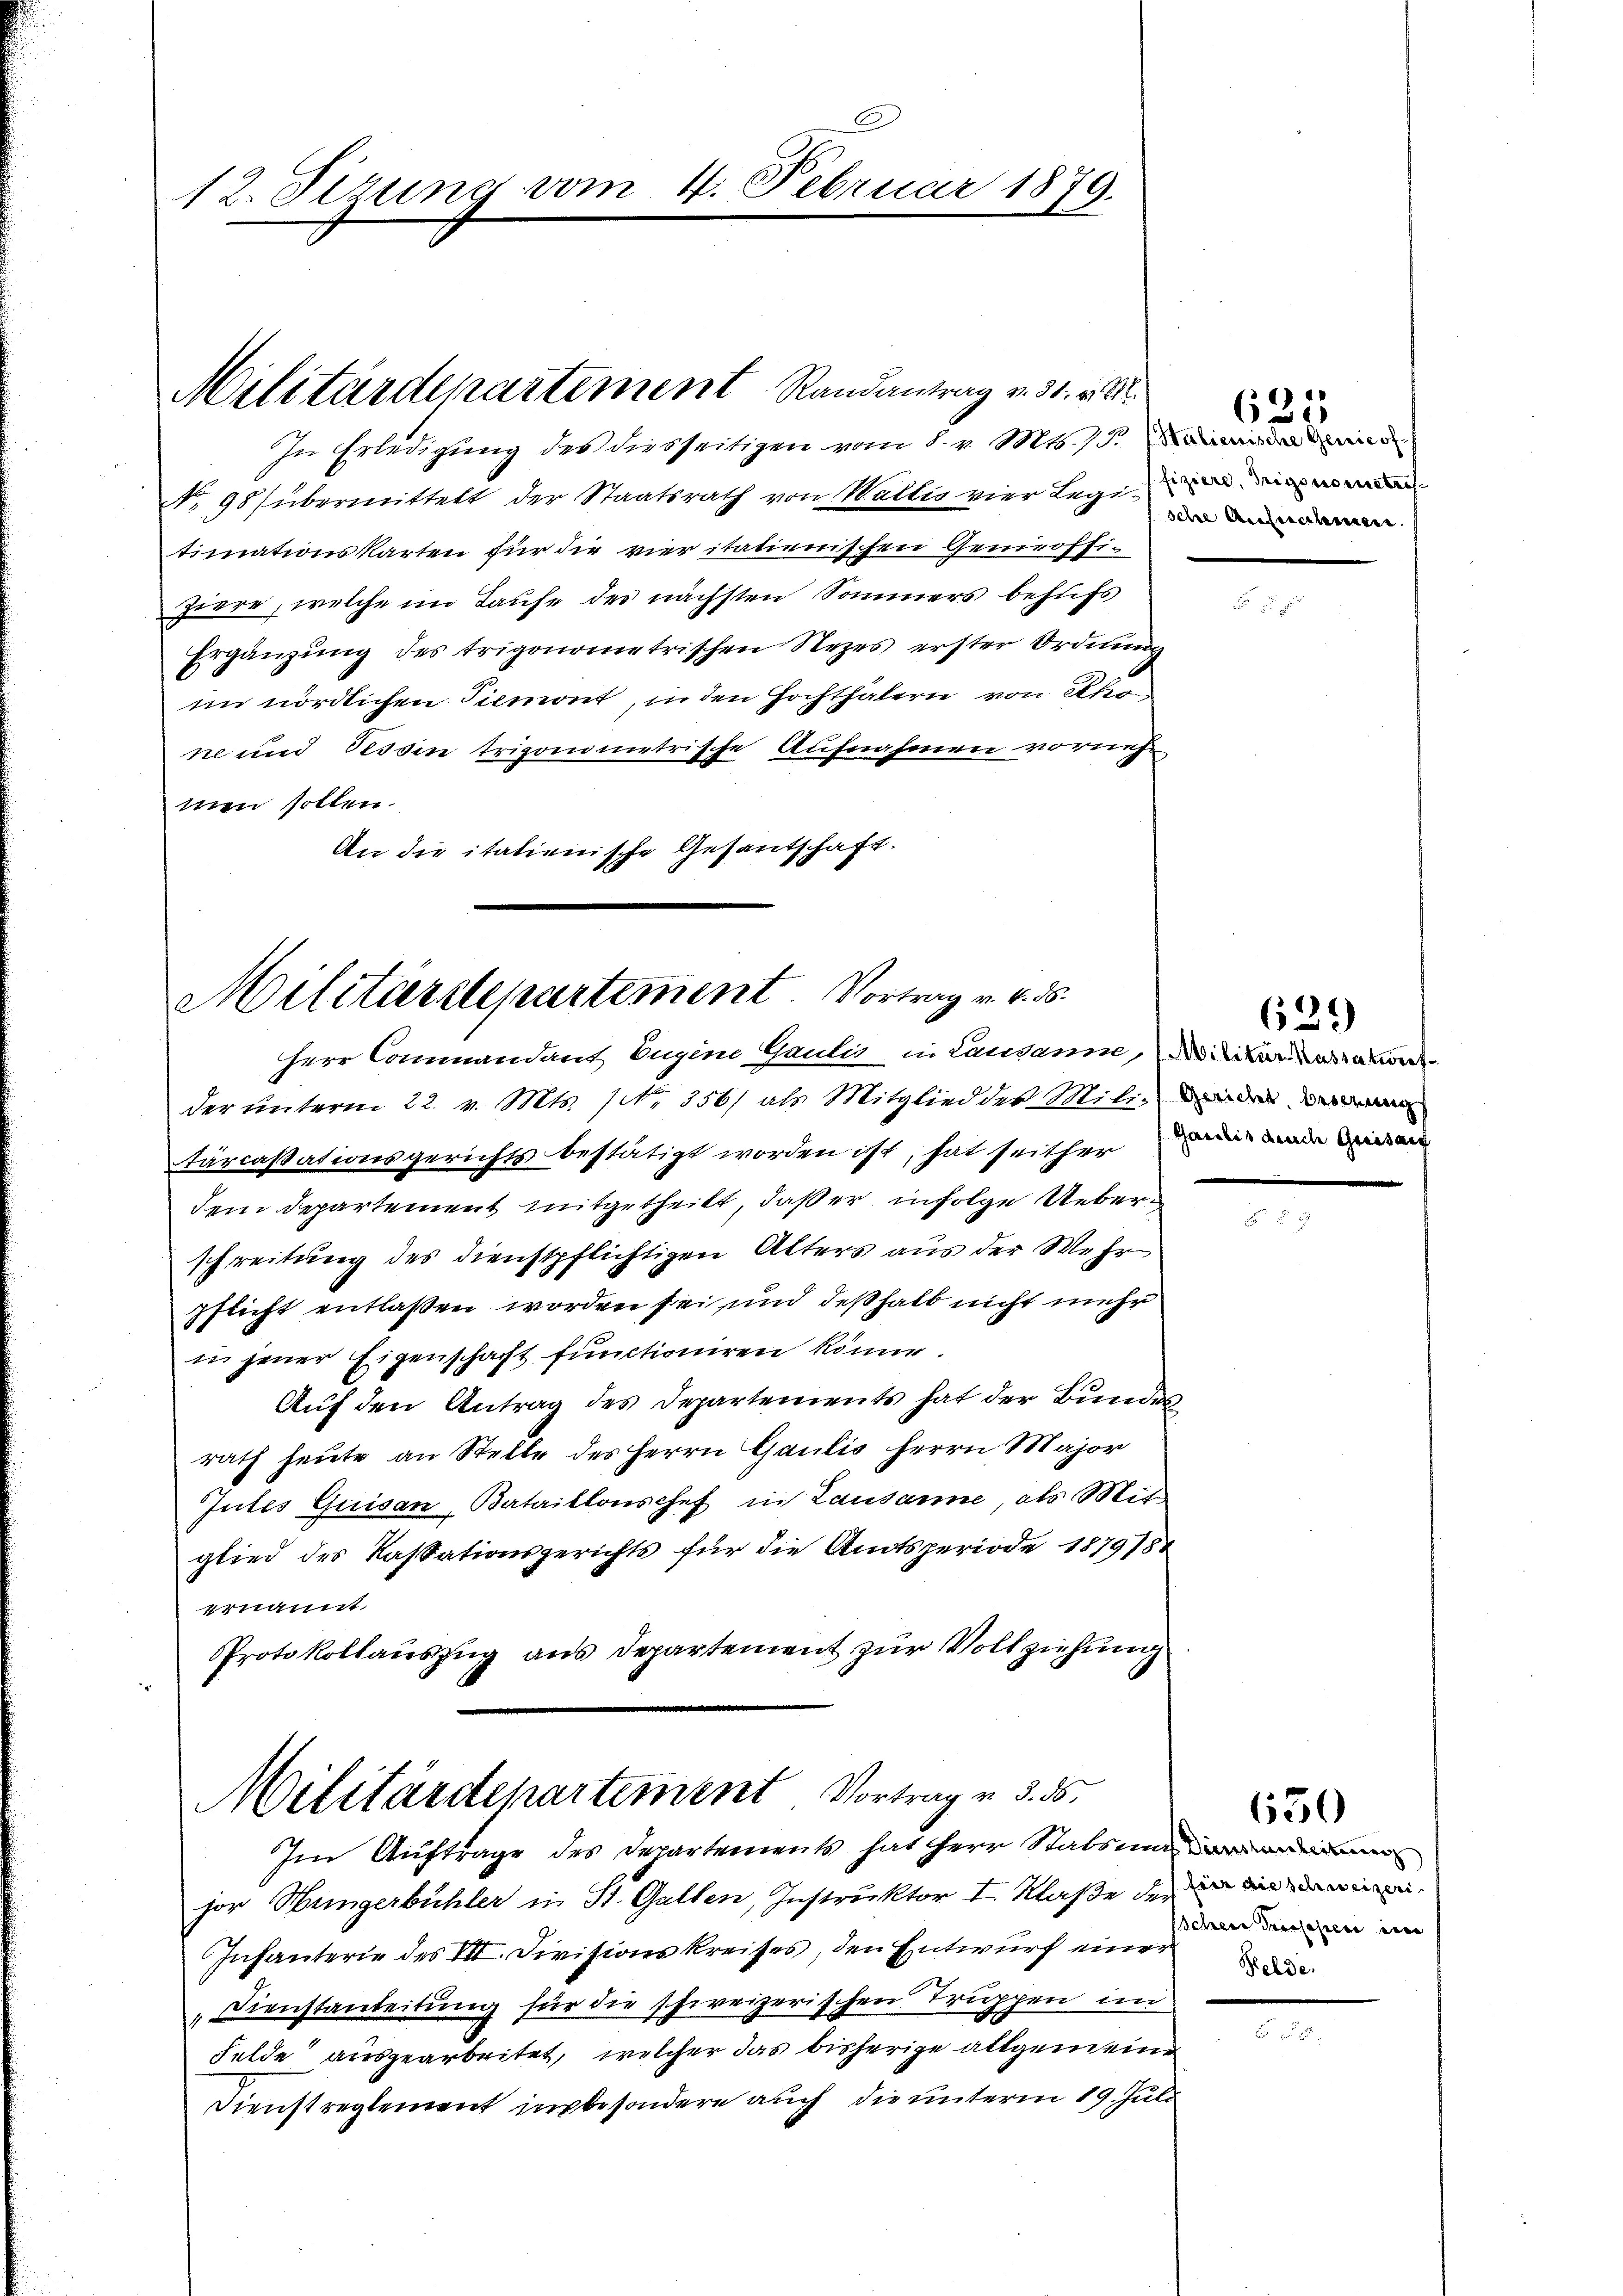
12. Sizung vom 4. Februar 1879.

Militärdepartement Randantrag v. 31. v. M.

In Erledigung des diesseitigen vom 8. v. Mts. S.
No 98 übermittelt der Staatsrath von Wallis vier Legio ein we
timnationskarten für die vieritatienischen Genieoffiziere, welche im Laufe des nächsten Sommers behufs
Ergänzŭng des trigonometrischen Rezes erster Ordnŭng
im nördlichen Piemont, in den Hochthalern von Khir
ne und Tessin trigonometrische Aufnahmen vorneh
mien sollen.
An die italienische Gesantschaft.

Militärdepartement. Vortrag v. 4. ds.
Herr Commandant Eugene Gaulis, in Lausanne, Militarkassation

der unterm 22. v. Mts. 1 Nr. 356/ als Mitglied des Miti- den der
tarcassationsgerichts bestätigt worden ist, hat seither in eine
dem Departement mitgetheilt, daß er infolge Ueberschreitung des Dienstpflichtigen Alters aus der Wehr
pflicht entlaßen worden sei und deßhalb nicht mehr
in jener Eigenschaft functioniren könne.
Auf den Antrag des Departements hat der Bundesrath heute an Stelle des Herrn Gaulis Herrn Major
Intes Quisan, Bataillonschef in Lausanne, als Mit
glied des Kassationsgerichts für die Amtsperiode 1879/84
ernannt.
PProtokollauszug aus Departement zur Vollziehung

Militärdepartement Vortrag v. 5. 55.
Im Auftrage des Departements hat Herr Stabsumier

sche Anferclerieren.

jor Hungerbühler in St. Gallen, Instruktor I. Klaße der in wi
Infanterie des VII. Divisionskreises, den Entwurf einer
Dienstanleitung für die schweizerischen Truppen im
Felde ausgearbeitet, welcher das bisherige allgemeine
Dienstreglement insbesondere auch die unterm 19. Juli

635

629

650

Schen Prossesen in